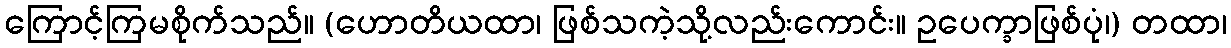
ကြောင့်ကြမစိုက်သည်။ (ဟောတိယထာ၊ ဖြစ်သကဲ့သို့လည်းကောင်း။ ဥပေက္ခာဖြစ်ပုံ၊) တထာ၊